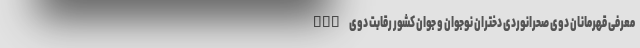
nan معرفی قهرمانان دوی صحرانوردی دختران نوجوان و جوان کشور رقابت دوی